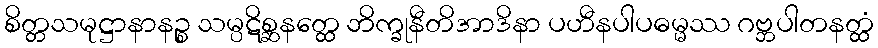
စိတ္တသမုဋ္ဌာနာနဉ္စ သမ္ပဋိစ္ဆနတ္ထေ ဘိက္ခုနီတိအာဒိနာ ပဟီနပါပဓမ္မဿ ဂဗ္ဘပါတနတ္ထံ